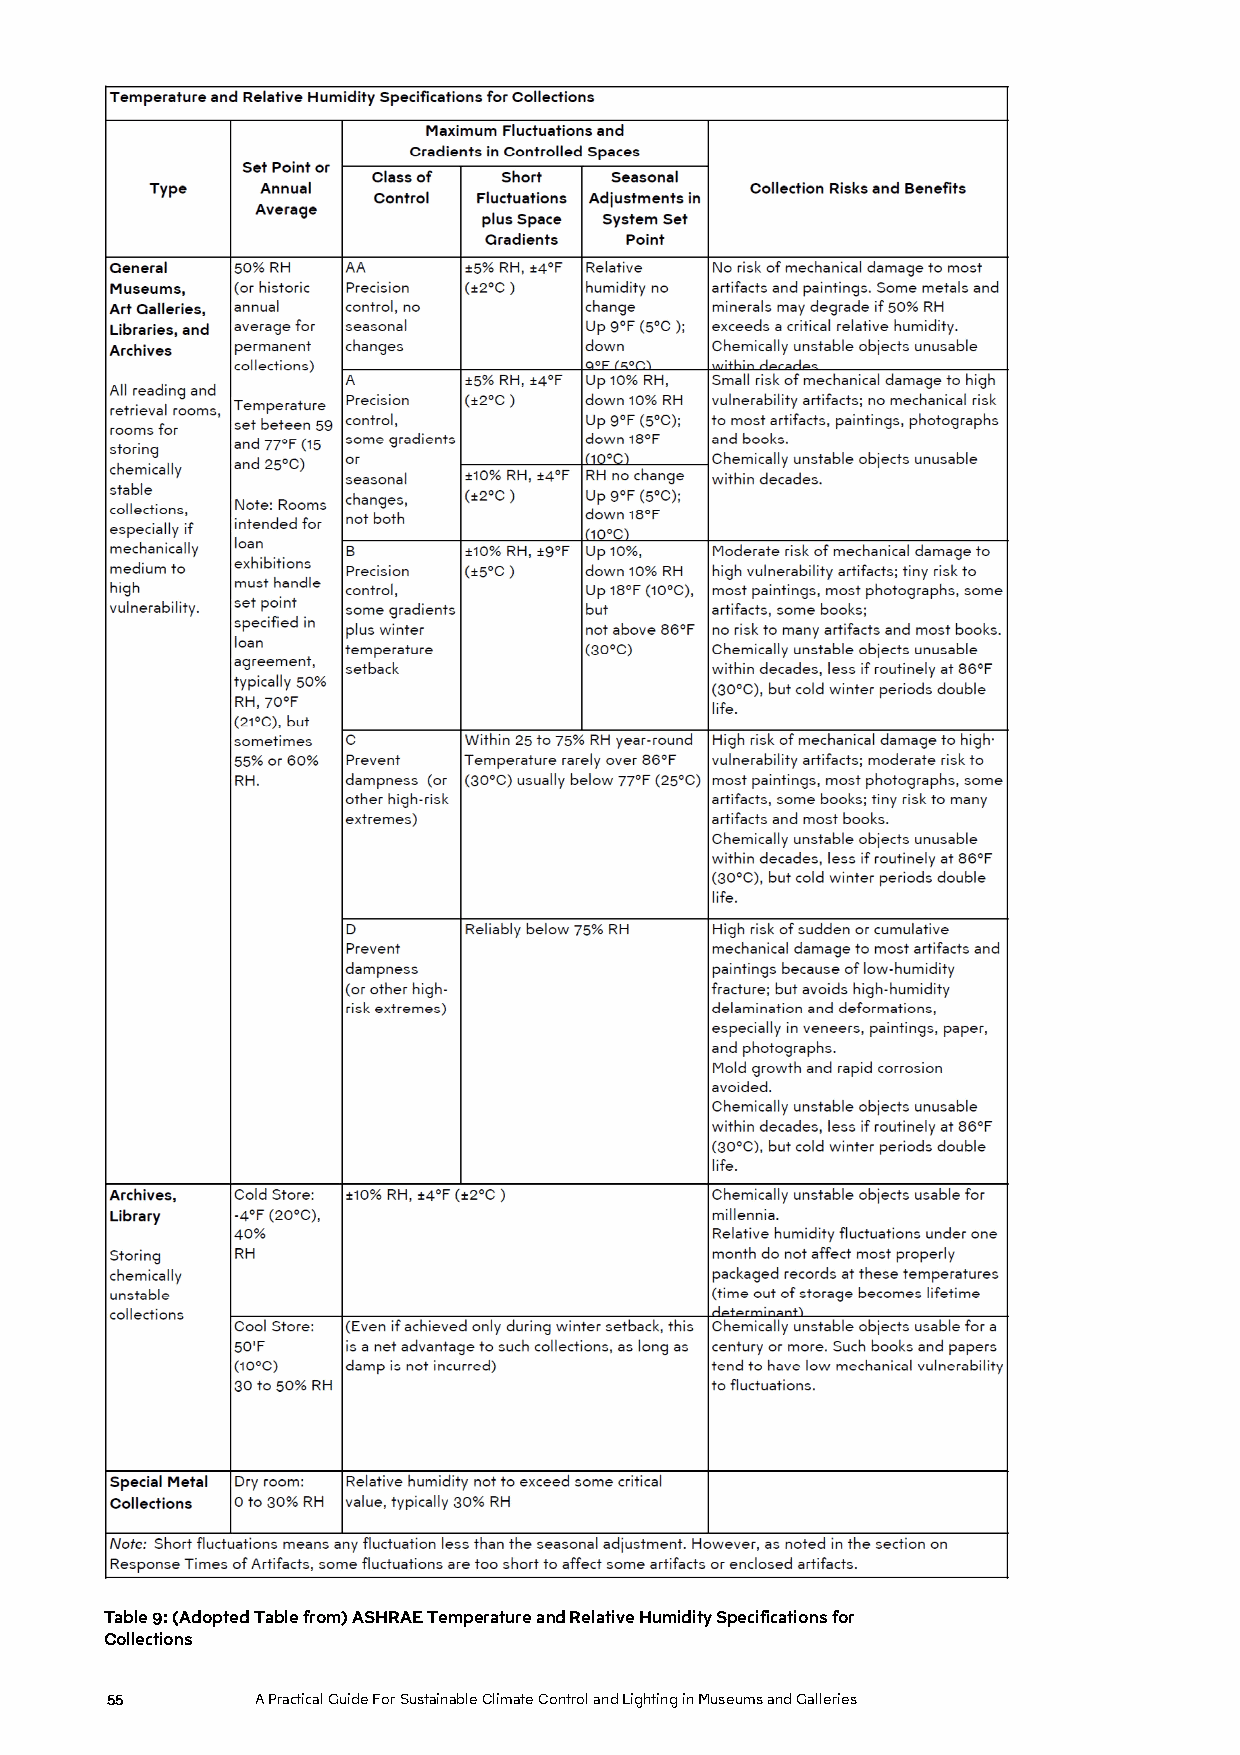
Table 9: (Adopted Table from) ASHRAE Temperature and Relative Humidity Specifications for
 Collections
 55        A Practical Guide For Sustainable Climate Control and Lighting in Museums and Galleries